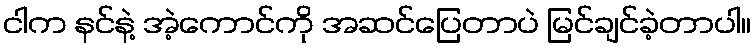
ငါက နင်နဲ့ အဲ့ကောင်ကို အဆင်ပြေတာပဲ မြင်ချင်ခဲ့တာပါ။